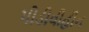
પીડીવીહીન